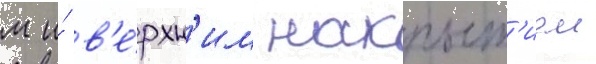
м и́ в'е́рхн'им накрыт'ием